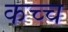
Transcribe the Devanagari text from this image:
कच्च